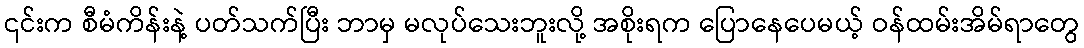
၎င်းက စီမံကိန်းနဲ့ ပတ်သက်ပြီး ဘာမှ မလုပ်သေးဘူးလို့ အစိုးရက ပြောနေပေမယ့် ဝန်ထမ်းအိမ်ရာတွေ